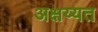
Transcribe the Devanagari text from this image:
अक्षय्यत